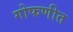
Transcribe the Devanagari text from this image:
गोफणीत